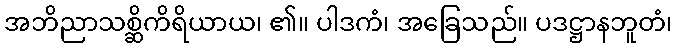
အဘိညာသစ္ဆိကိရိယာယ၊ ၏။ ပါဒကံ၊ အခြေသည်။ ပဒဋ္ဌာနဘူတံ၊